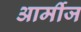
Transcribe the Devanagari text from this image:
आर्मीज